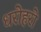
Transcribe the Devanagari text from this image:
धरोहरो